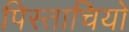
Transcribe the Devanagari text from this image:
पिस्ताचियो